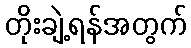
တိုးချဲ့ရန်အတွက်